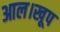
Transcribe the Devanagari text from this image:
आल।खूप